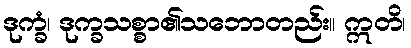
ဒုက္ခံ၊ ဒုက္ခသစ္စာ၏သဘောတည်း။ ဣတိ၊